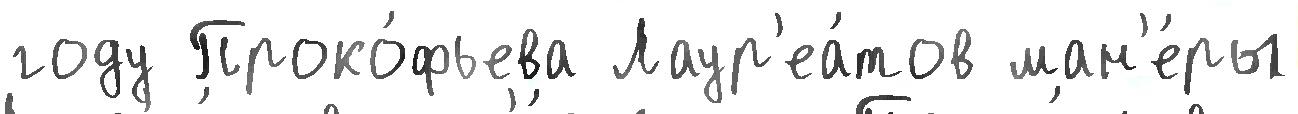
году Проко́фьева Лаур'еа́тов ман'е́ры